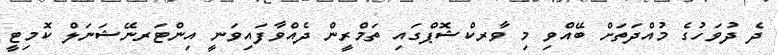
ދެ ދުވަހުގެ މުއްދަތަށް ބޭއްވި މި ވާރކްޝޮޕްގައި ތަމްރީން ދެއްވާފައިވަނީ އިންޓަރނޭޝަނަލް ކޮމިޓީ